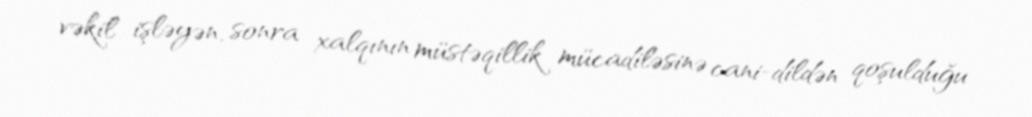
vəkil işləyən, sonra xalqının müstəqillik mücadiləsinə cani-dildən qoşulduğu